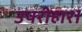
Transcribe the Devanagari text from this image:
उपरीहार।